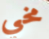
مخي